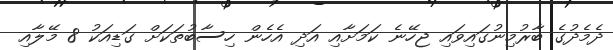
ދެމެދުގެ ބާރުމިނުގައިވައި ޖހޭނެ ކަމަށާއި އަދި އެހެން ހިސާބުތަކަށް ގަޑިއަކު 8 މޭލާއި